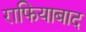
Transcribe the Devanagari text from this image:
राफियाबाद